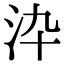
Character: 㳃